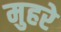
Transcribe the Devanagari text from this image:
मुहरे